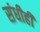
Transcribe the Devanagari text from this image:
संधीही